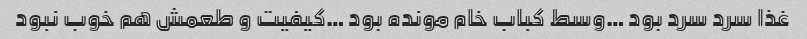
غذا سرد سرد بود …وسط کباب خام مونده بود …کیفیت و طعمش هم خوب نبود